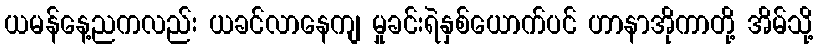
ယမန်နေ့ညကလည်း ယခင်လာနေကျ မှုခင်းရဲနှစ်ယောက်ပင် ဟာနာအိုကာတို့ အိမ်သို့